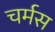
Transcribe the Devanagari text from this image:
चर्मस